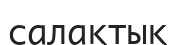
салақтық